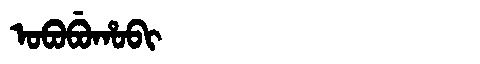
Manchu: ᠣᠪᠣᠪᡠᡥᠣᠪᡳ
Romanization: OBOBUHOBI